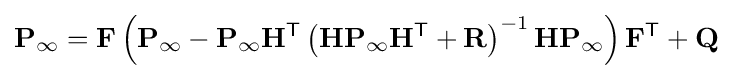
\mathbf {P} _{\infty }=\mathbf {F} \left(\mathbf {P} _{\infty }-\mathbf {P} _{\infty }\mathbf {H} ^{\textsf {T}}\left(\mathbf {H} \mathbf {P} _{\infty }\mathbf {H} ^{\textsf {T}}+\mathbf {R} \right)^{-1}\mathbf {H} \mathbf {P} _{\infty }\right)\mathbf {F} ^{\textsf {T}}+\mathbf {Q}